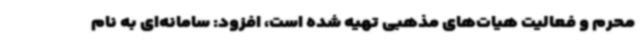
محرم و فعالیت هیات‌های مذهبی تهیه شده است، افزود: سامانه‌ای به نام